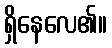
ရှိနေလေ၏။